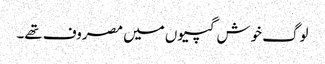
لوگ خوش گپیوں میں مصروف تھے۔